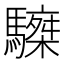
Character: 𩦆